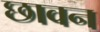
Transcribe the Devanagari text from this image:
छावन